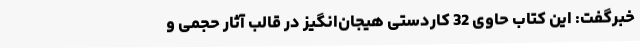
خبرگفت: این کتاب حاوی 32 کاردستی هیجان‌انگیز در قالب آثار حجمی و